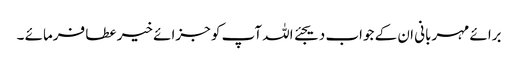
برائے مہربانی ان کے جواب دیجئے اللہ آپ کو جزائے خیر عطا فرمائے ۔